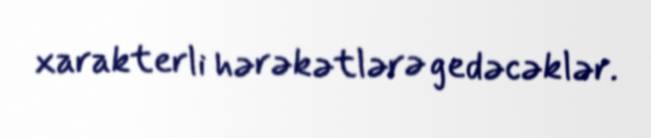
xarakterli hərəkətlərə gedəcəklər.